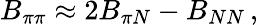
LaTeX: B_{\pi\pi}\approx 2B_{\pi N}-B_{NN}\, ,